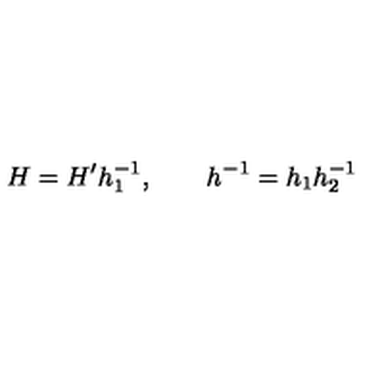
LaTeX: H = H ^ { \prime } h _ { 1 } ^ { - 1 } , \qquad h ^ { - 1 } = h _ { 1 } h _ { 2 } ^ { - 1 }